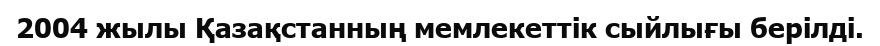
2004 жылы Қазақстанның мемлекеттік сыйлығы берілді.